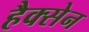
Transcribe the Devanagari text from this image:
हैक्सेन